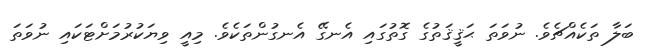
ބަލާ ތަކެއްޗެވެ. ނުވަތަ ޙަޤީޤަތުގެ ގޮތުގައި އެނގޭ އެނގުންތަކެވެ. މިއީ ވިޔަކުރުމަށްޓަކައި ނުވަތަ